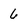
Character: 6